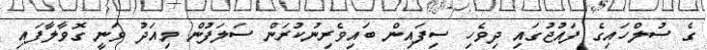
ގެ ސުލްހައިގެ ފައުޖުގައި ދިވެހި ސިފައިން ބައިވެރިނުކުރަން ސަލަފުން މިއަދު ވަނީ ގޮވާލާފައި